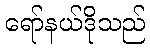
ရော်နယ်ဒိုသည်